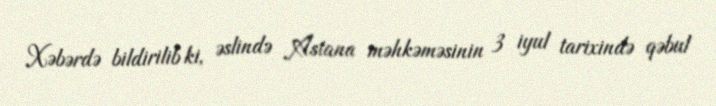
Xəbərdə bildirilib ki, əslində Astana məhkəməsinin 3 iyul tarixində qəbul